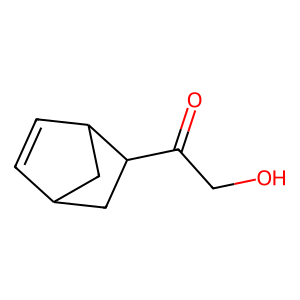
SMILES: O=C(CO)C1CC2C=CC1C2
Inhibits HIV replication: No